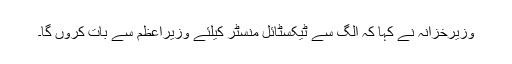
وزیرخزانہ نے کہا کہ الگ سے ٹیکسٹائل منسٹر کیلئے وزیراعظم سے بات کروں گا۔